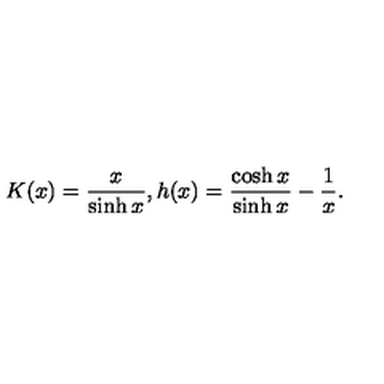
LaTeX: K ( x ) = \frac { x } { \sinh { x } } , h ( x ) = \frac { \cosh { x } } { \sinh { x } } - \frac { 1 } { x } .